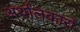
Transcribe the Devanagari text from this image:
अर्थांलकारों